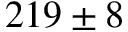
2 1 9 \pm 8